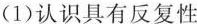
(1)认识具有反复性